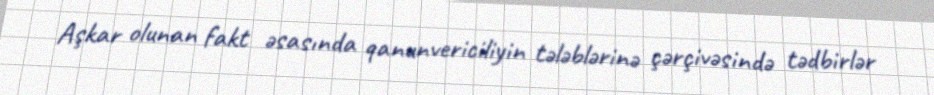
Aşkar olunan fakt əsasında qanunvericiliyin tələblərinə çərçivəsində tədbirlər